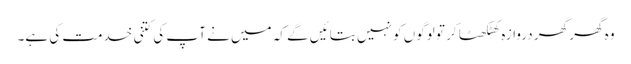
وہ گھر گھر دروازہ کھٹکھٹا کر تو لوگوں کو نہیں بتائیں گے کہ میں نے آپ کی کتنی خدمت کی ہے۔